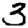
Digit: 3